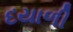
દયાળી